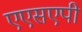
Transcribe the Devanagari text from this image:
एएसएपी